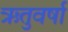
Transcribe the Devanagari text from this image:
ऋतुवर्षा